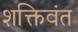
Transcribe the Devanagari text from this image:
शक्तिवंत